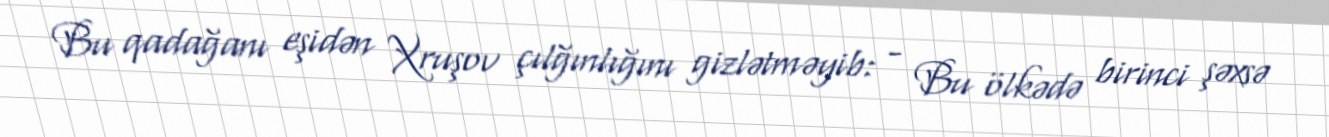
Bu qadağanı eşidən Xruşov çılğınlığını gizlətməyib: - Bu ölkədə birinci şəxsə